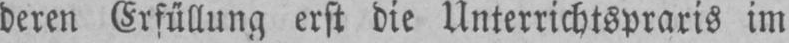
deren Erfüllung erst die Unterrichtspraxis im